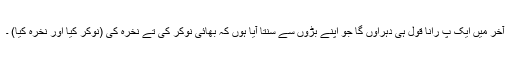
آخر میں ایک پ رانا قول ہی دہراؤں گا جو اپنے بڑوں سے سنتا آیا ہوں کہ بھائی نوکر کی تے نخرہ کی (نوکر کیا اور نخرہ کیا) ۔